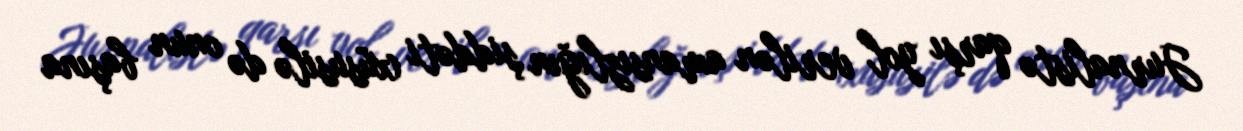
Jurnalistə qarşı yol verilən amansızlığın şiddəti (xüsusilə də onun başına